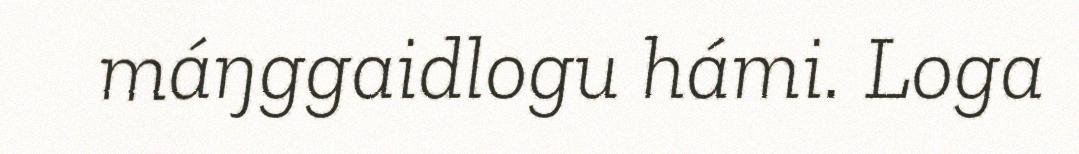
máŋggaidlogu hámi. Loga